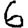
Digit: 6